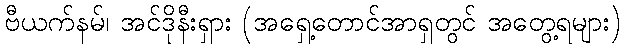
ဗီယက်နမ်၊ အင်ဒိုနီးရှား (အရှေ့တောင်အာရှတွင် အတွေ့ရများ)